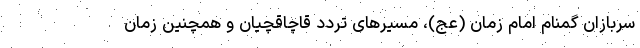
سربازان گمنام امام زمان (عج)، مسیرهای تردد قاچاقچیان و همچنین زمان